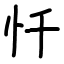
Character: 忏